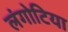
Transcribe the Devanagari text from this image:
लंगोटिया